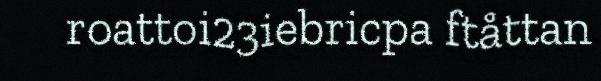
roattoi23iebricpa ftåttan